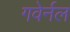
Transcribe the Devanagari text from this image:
गवेर्नल